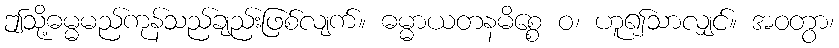
ဤသို့ဓမ္မမည်ကုန်သည်ချည်းဖြစ်လျက်။ ဓမ္မာယတနမိစ္စေ ဝ၊ ဟူ၍သာလျှင်။ အဝတွာ၊